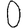
Digit: 0